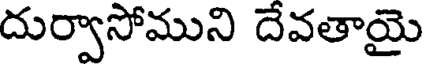
దుర్వాసోముని దేవతాయై